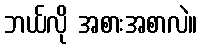
ဘယ်လို အစားအစာလဲ။